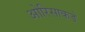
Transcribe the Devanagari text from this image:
ओरिसाकडे